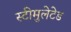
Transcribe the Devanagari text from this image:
स्टीमुलेटेड